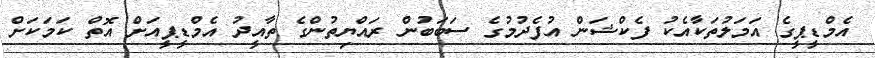
އެމްޑީޕީގެ އަމަލުތަކާއެކު ފެކްޝަން އުފެދުމުގެ ސަބަބުން ރައްޔިތުންގެ ތާއީދު އެމްޑީޕީއަށް އޮތް ކަމަކަށް